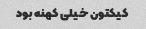
کیکتون خیلی کهنه بود